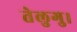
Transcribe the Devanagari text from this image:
तेलुगु।